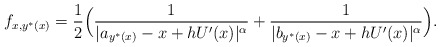
\begin{align*} f_{x,y^*(x)}= \frac{1}{2}\Big(\frac{1}{| a_{y^*(x)}-x+hU'(x)|^\alpha}+\frac{1}{| b_{y^*(x)}-x+hU'(x)|^\alpha}\Big). \end{align*}